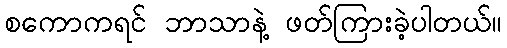
စကောကရင် ဘာသာနဲ့ ဖတ်ကြားခဲ့ပါတယ်။